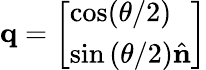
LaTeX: \mathbf{q}=\left[\begin{array}{l}{\cos({\theta/2})}\\ {\sin{(\theta/2)}\hat{\mathbf{n}}}\end{array}\right]